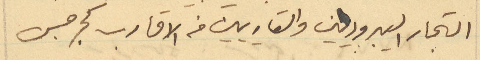
التجار اليبروديين والقاريين من الاقارب كجرجس